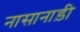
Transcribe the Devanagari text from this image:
नासानाड़ी